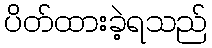
ပိတ်ထားခဲ့ရသည်